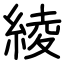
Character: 綾